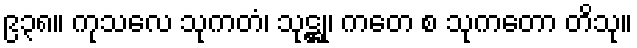
၉၃၈။ ကုသလေ သုကတံ၊ သုဋ္ဌု၊ ကတေ စ သုကတော တိသု။